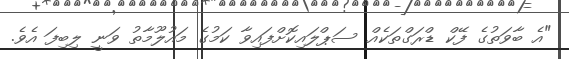
"އެ ބާވަތުގެ ފޭކް ޑްރަގްތަކެއް ސަޕްލައިކޮށްފައިވާ ކަމުގެ މައުލޫމާތު ވަނީ ލިބިފަ އެވެ.